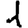
Digit: 1